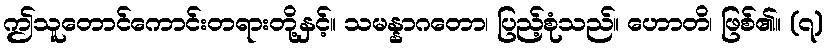
ဤသူတောင်ကောင်းတရားတို့နှင့်။ သမန္နာဂတော၊ ပြည့်စုံသည်။ ဟောတိ၊ ဖြစ်၏။ (၇)